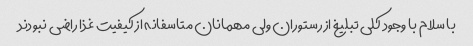
با سلام با وجود کلی تبلیغ از رستوران ولی مهمانان متاسفانه از کیفیت غذا راضی نبودند